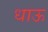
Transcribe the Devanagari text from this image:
धाऊ